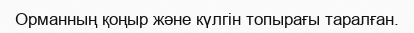
Орманның қоңыр және күлгін топырағы таралған.